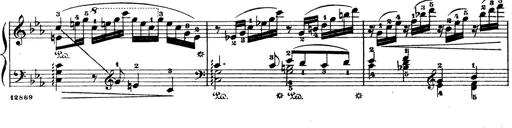
Title: Wagner-Liszt Album
Composer: Franz Liszt